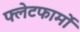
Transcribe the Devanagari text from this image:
फ्लेटफार्मों